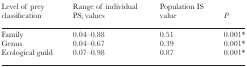
<table><thead><tr><td><b>Level of prey classification</b></td><td><b>Range of individual PS<sub>i</sub> values</b></td><td><b>Population IS value</b></td><td><b><i>P</i></b></td></tr></thead><tbody><tr><td>Family</td><td>0.04–0.88</td><td>0.51</td><td>0.001*</td></tr><tr><td>Genus</td><td>0.04–0.67</td><td>0.39</td><td>0.001*</td></tr><tr><td>Ecological guild</td><td>0.07–0.98</td><td>0.87</td><td>0.001*</td></tr></tbody></table>